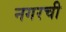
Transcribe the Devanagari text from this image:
नगरची